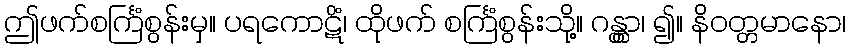
ဤဖက်စင်္ကြံစွန်းမှ။ ပရကောဋိံ၊ ထိုဖက် စင်္ကြံစွန်းသို့။ ဂန္တွာ၊ ၍။ နိဝတ္တမာနော၊